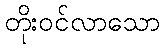
တိုးဝင်လာသော